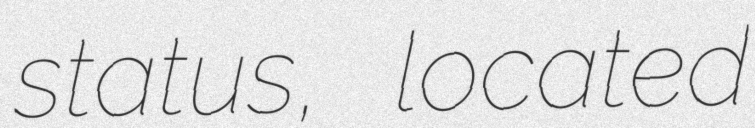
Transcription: status, located